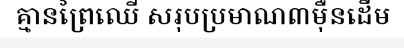
គ្មានព្រៃឈើ សរុបប្រមាណ៣ម៉ឺនដើម